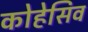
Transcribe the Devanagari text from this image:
कोहेसिव